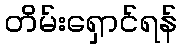
တိမ်းရှောင်ရန်